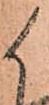
候